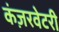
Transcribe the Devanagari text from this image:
कंज़रवेटरी